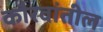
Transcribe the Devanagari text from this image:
कौरवांतील